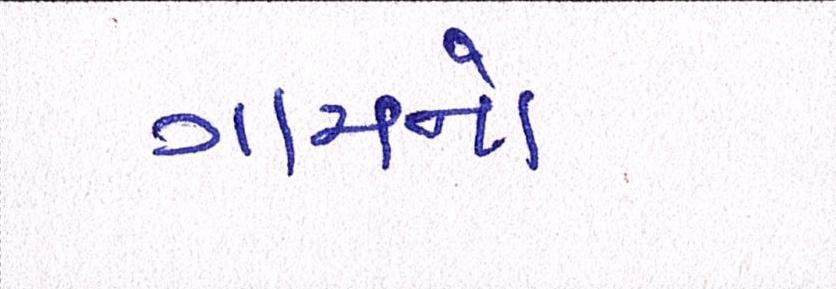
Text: ગામનો